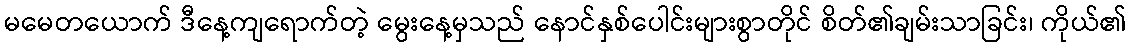
မမေတယောက် ဒီနေ့ကျရောက်တဲ့ မွေးနေ့မှသည် နောင်နှစ်ပေါင်းများစွာတိုင် စိတ်၏ချမ်းသာခြင်း၊ ကိုယ်၏